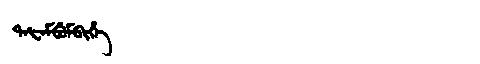
Manchu: ᡨᠠᡶᠠᠮᠪᡠᠮᠪᡳᡥᡝ
Romanization: TAFAMBUMBIHE